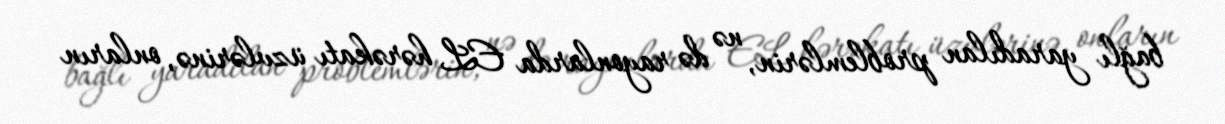
bağlı yaradılan problemlərin, nə də rayonlarda EL hərəkatı üzvlərinə, onların